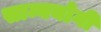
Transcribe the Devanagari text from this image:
साम्ययोगी